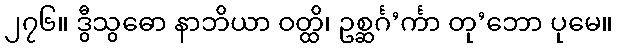
၂၇၆။ ဒွီသွဓော နာဘိယာ ဝတ္ထိ၊ ဥစ္ဆင်္ဂ’င်္ကာ တု’ဘော ပုမေ။